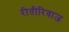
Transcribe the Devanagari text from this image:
रीतीरिवाज